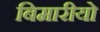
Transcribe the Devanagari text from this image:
बिमारीयो